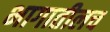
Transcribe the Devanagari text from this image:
भागातीलच